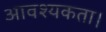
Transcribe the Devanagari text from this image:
आवश्‍यकता।